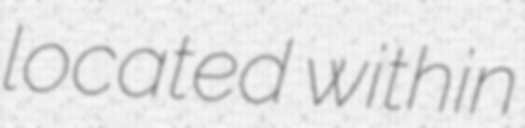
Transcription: located within